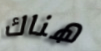
هناك